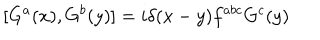
[ G ^ { a } ( x ) , G ^ { b } ( y ) ] = i \delta ( x - y ) f ^ { a b c } G ^ { c } ( y )